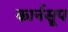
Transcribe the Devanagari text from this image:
कार्नसूप